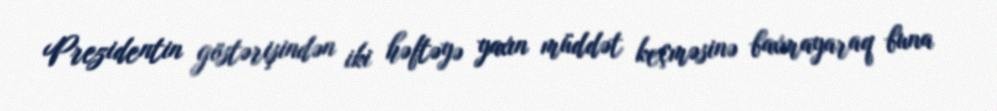
Prezidentin göstərişindən iki həftəyə yaxın müddət keçməsinə baxmayaraq buna